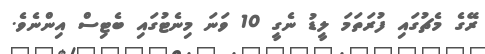
ރޭގެ މެޗުގައި ފުރަތަމަ ލީޑު ނެގީ 10 ވަނަ މިނެޓުގައި ބެޓިސް އިންނެވެ.